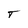
Character: T